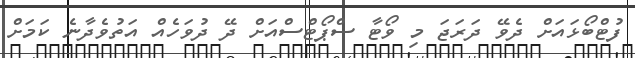
ފުޓްބޯޅައަށް ދެވޭ ދަރަޖަ މި ވޯޓާ ސްޕޯޓްސްއަށް ދޭ ދުވަހެއް އަތުވެދާނެ ކަމަށް